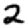
Digit: 2